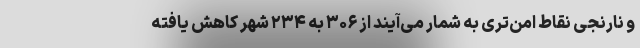
و نارنجی نقاط امن‌تری به شمار می‌آیند از ۳۰۶ به ۲۳۴ شهر کاهش یافته